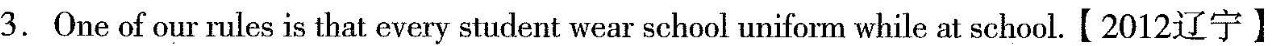
3.One of our rules is that every student wear school uniform while at school.【2012辽宁】